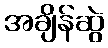
အချိန်ဆွဲ